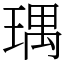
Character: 㻦